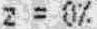
Z = 0%